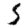
Digit: 5